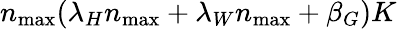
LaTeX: n_{\operatorname*{max}}(\lambda_{H}n_{\operatorname*{max}}+\lambda_{W}n_{\operatorname*{max}}+\beta_{G})K